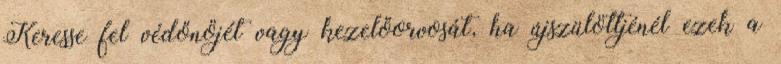
Keresse fel védőnőjét vagy kezelőorvosát, ha újszülöttjénél ezek a